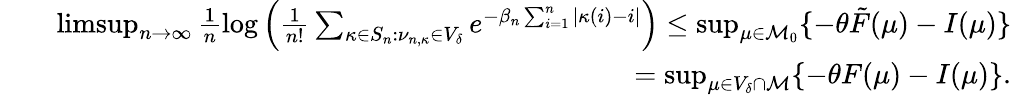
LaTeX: \begin{array}{rlr}&{}&{\operatorname*{limsup}_{n\rightarrow\infty}\frac{1}{n}\log\Big(\frac{1}{n!}\sum_{\kappa\in S_{n}:\nu_{n,\kappa}\in V_{\delta}}e^{-\beta_{n}\sum_{i=1}^{n}|\kappa(i)-i|}\Big)\leq\operatorname*{sup}_{\mu\in\mathcal{M}_{0}}\{ -\theta\tilde{F}(\mu)-I(\mu)\} }\\ &{}&{=\operatorname*{sup}_{\mu\in V_{\delta}\cap\mathcal{M}}\{ -\theta F(\mu)-I(\mu)\} .}\end{array}